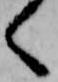
く